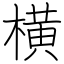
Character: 横